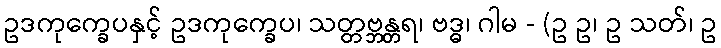
ဥဒကုက္ခေပနှင့် ဥဒကုက္ခေပ၊ သတ္တဗ္ဘန္တရ၊ ဗဒ္ဓ၊ ဂါမ - (ဥ ဥ၊ ဥ သတ်၊ ဥ